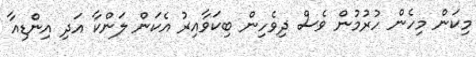
މިކަން މިހެން ހުރުމުން ވެސް ދިވެހިން ބިކަވާއިރު އެކަން ލަންކާ އަދި އިންޑިއާ